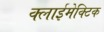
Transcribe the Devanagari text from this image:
क्लाईमेक्टिक